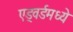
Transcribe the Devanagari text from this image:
एड्वर्डमध्ये